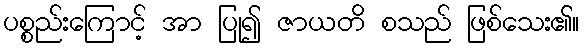
ပစ္စည်းကြောင့် အာ ပြု၍ ဇာယတိ စသည် ဖြစ်သေး၏။